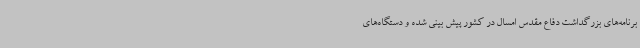
برنامه‌های بزرگداشت دفاع مقدس امسال در کشور پیش بینی شده و دستگاه‌های